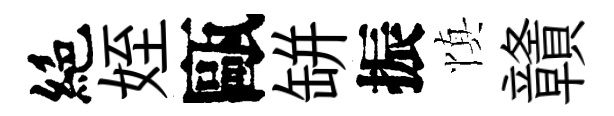
絶姪甌缾振慎贛